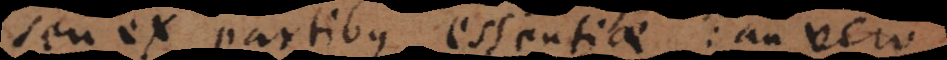
seu ex partibus essentiae: an vero